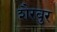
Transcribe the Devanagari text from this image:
शैरबुर